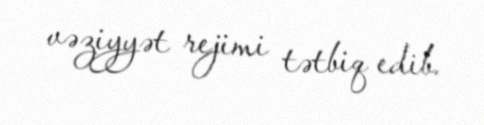
vəziyyət rejimi tətbiq edib.